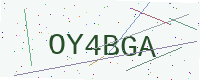
Text: OY4BGA